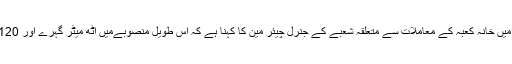
سعودی ٹیلی ویژن’الاخباریہ ‘ کو دیے گئے انٹرویو میں خانہ کعبہ کے معاملات سے متعلقہ شعبے کے جنرل چیئر مین کا کہنا ہے کہ اس طویل منصوبےمیں آٹھ میٹر گہرے اور 120 میٹر لمبے پانچ کراس اوور تعمیر کیے جائے گے۔